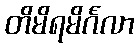
တိမိရမိင်္ဂလာ